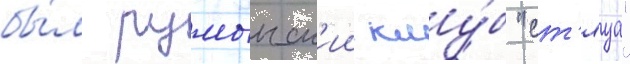
бы́л румынск'ии клу́б "ст'яуа"